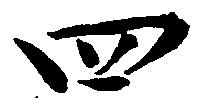
四